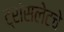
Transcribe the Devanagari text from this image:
ट्रांसलेटचे